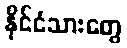
နိုင်ငံသားတွေ